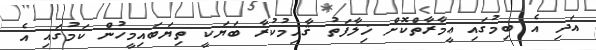
އަދި އެ ބިމުގައި ޢީމާރާތްކޮށް ޚިލާފަތު ޤާއިމުކުރާ ބަޔަކީ ތިޔަބައިމީހުން ކަމުގައި އެ